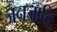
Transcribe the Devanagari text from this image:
जनजाति